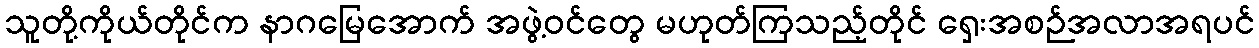
သူတို့ကိုယ်တိုင်က နာဂမြေအောက် အဖွဲ့ဝင်တွေ မဟုတ်ကြသည့်တိုင် ရှေးအစဉ်အလာအရပင်